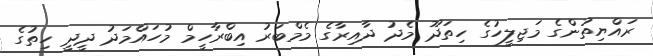
ރައްޔިތުންގެ މަޖިލީހުގެ ހިތަދޫ މެދު ދާއިރާގެ މެމްބަރު އިބްރާހީމް މުހައްމަދު ދީދީ ހިތުގެ